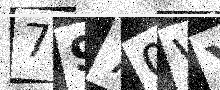
Text: 7970VY